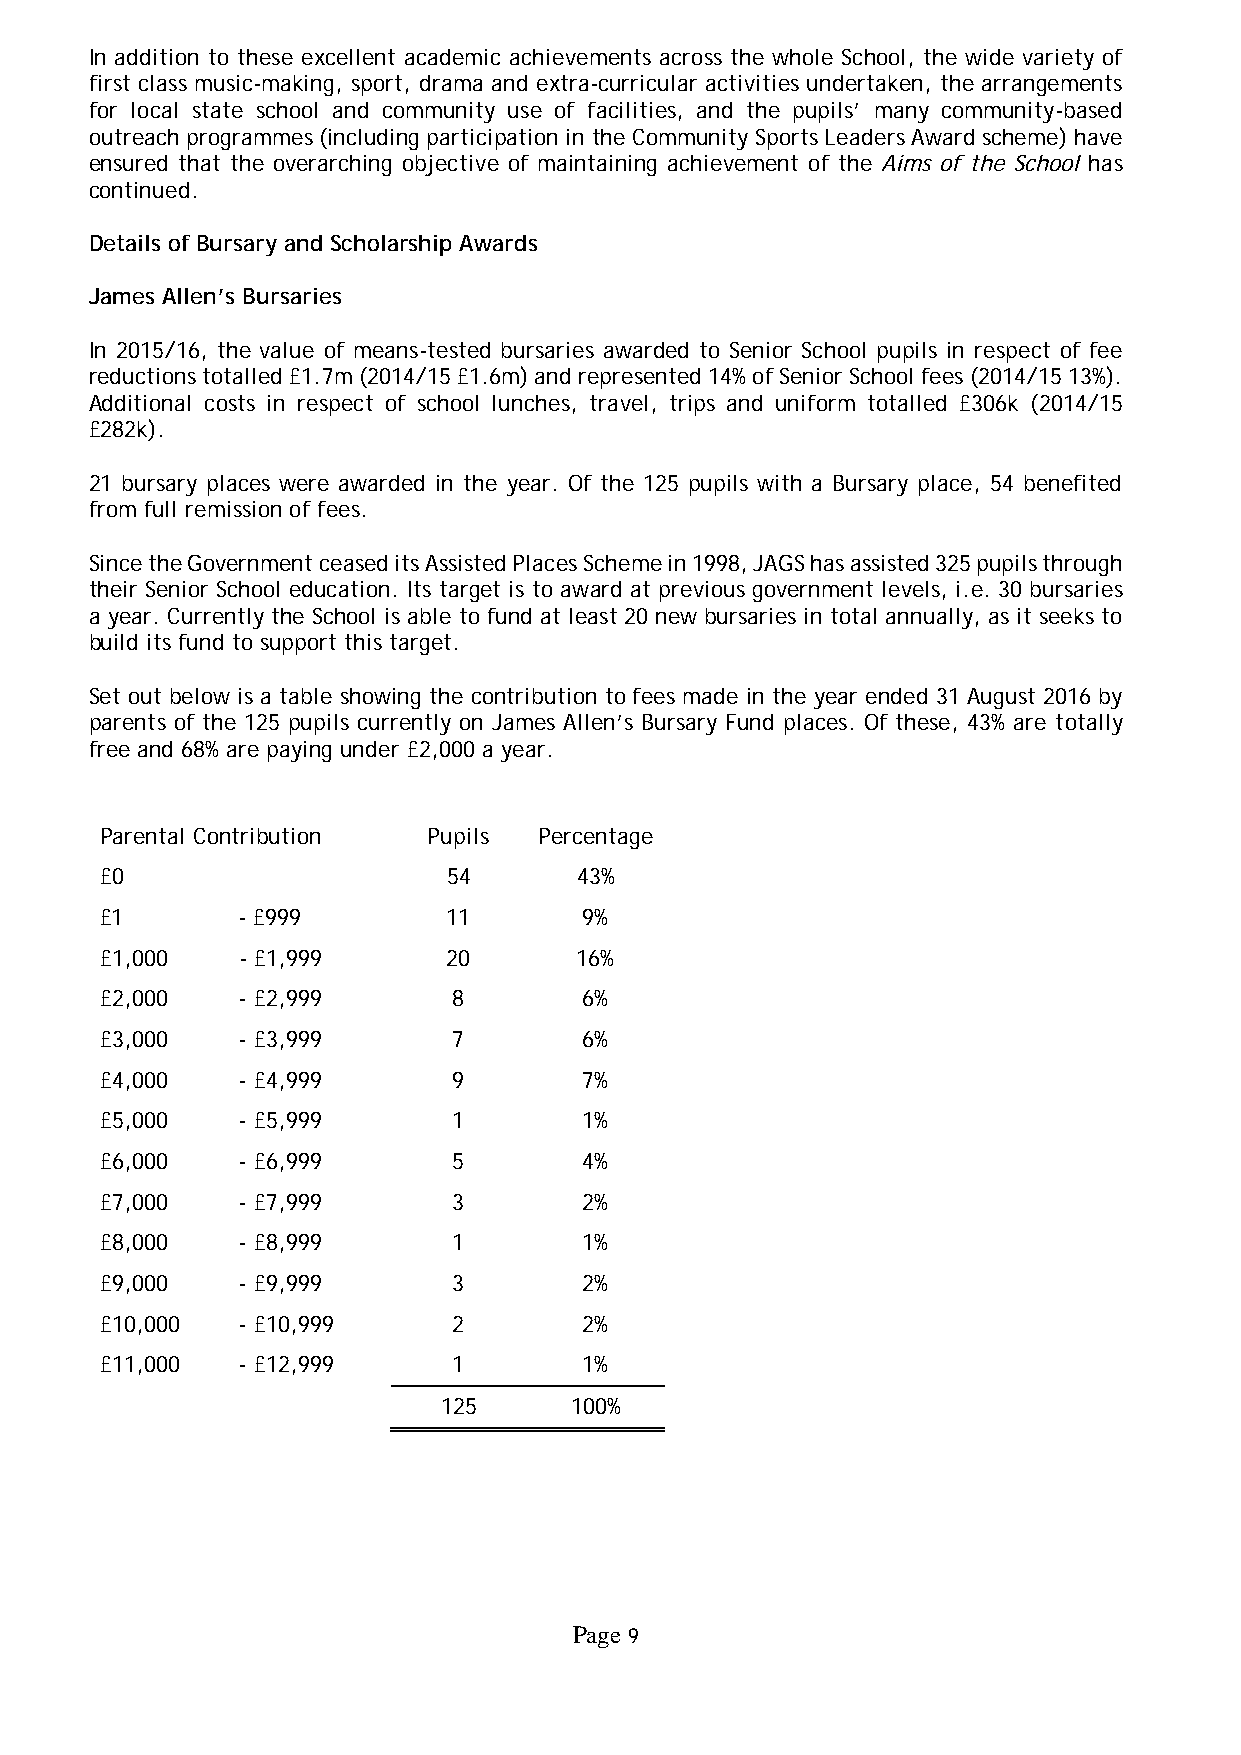
In addition to these excellent academic achievements across the whole School, the wide variety of
 first class music-making, sport, drama and extra-curricular activities undertaken, the arrangements
 for local state school and community use of facilities, and the pupils’ many community-based
 outreach programmes (including participation in the Community Sports Leaders Award scheme) have
 ensured that the overarching objective of maintaining achievement of the Aims of the School has
 continued.
 Details of Bursary and Scholarship Awards
 James Allen’s Bursaries
 In 2015/16, the value of means-tested bursaries awarded to Senior School pupils in respect of fee
 reductions totalled £1.7m (2014/15 £1.6m) and represented 14% of Senior School fees (2014/15 13%).
 Additional costs in respect of school lunches, travel, trips and uniform totalled £306k (2014/15
 £282k).
 21 bursary places were awarded in the year. Of the 125 pupils with a Bursary place, 54 benefited
 from full remission of fees.
 Since the Government ceased its Assisted Places Scheme in 1998, JAGS has assisted 325 pupils through
 their Senior School education. Its target is to award at previous government levels, i.e. 30 bursaries
 a year. Currently the School is able to fund at least 20 new bursaries in total annually, as it seeks to
 build its fund to support this target.
 Set out below is a table showing the contribution to fees made in the year ended 31 August 2016 by
 parents of the 125 pupils currently on James Allen’s Bursary Fund places. Of these, 43% are totally
 free and 68% are paying under £2,000 a year.
 Parental Contribution Pupils Percentage
 £0                     54      43%
 £1       - £999        11       9%
 £1,000   - £1,999      20      16%
 £2,000   - £2,999      8        6%
 £3,000   - £3,999      7        6%
 £4,000   - £4,999      9        7%
 £5,000   - £5,999      1        1%
 £6,000   - £6,999      5        4%
 £7,000   - £7,999      3        2%
 £8,000   - £8,999      1        1%
 £9,000   - £9,999      3        2%
 £10,000  - £10,999     2        2%
 £11,000  - £12,999     1        1%
 125      100%
 Page 9